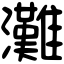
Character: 灘